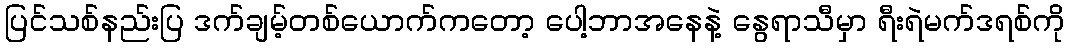
ပြင်သစ်နည်းပြ ဒက်ချမ့်တစ်ယောက်ကတော့ ပေါ့ဘာအနေနဲ့ နွေရာသီမှာ ရီးရဲမက်ဒရစ်ကို